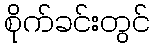
စိုက်ခင်းတွင်